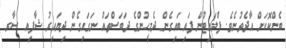
ބެންކޮކަށް އާދެވުނެވެ. ފްލައިޓުން ފައިބައިގެން ދެމީހުންގެ ދަބަސްތައް ނަގައިގެން ދިޔައިރު ޝާފިއ ސާރ